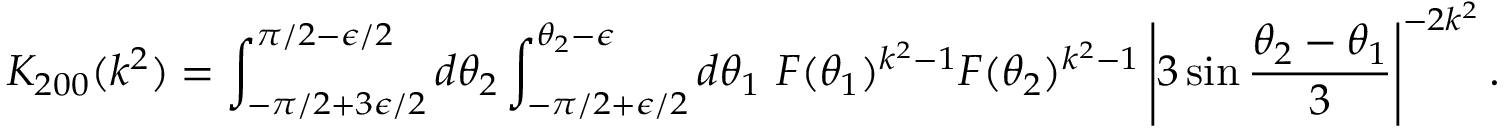
K _ { 2 0 0 } ( k ^ { 2 } ) = \int _ { - \pi / 2 + 3 \epsilon / 2 } ^ { \pi / 2 - \epsilon / 2 } d \theta _ { 2 } \int _ { - \pi / 2 + \epsilon / 2 } ^ { \theta _ { 2 } - \epsilon } d \theta _ { 1 } ~ { \cal F } ( \theta _ { 1 } ) ^ { k ^ { 2 } - 1 } { \cal F } ( \theta _ { 2 } ) ^ { k ^ { 2 } - 1 } \left| 3 \sin \frac { \theta _ { 2 } - \theta _ { 1 } } { 3 } \right| ^ { - 2 k ^ { 2 } } .